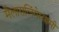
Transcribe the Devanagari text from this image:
मैलारालिंगेस्वामी